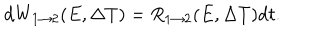
\mathrm { d } W _ { 1 \rightarrow 2 } ( E , \Delta T ) = R _ { 1 \rightarrow 2 } ( E , \Delta T ) \mathrm { d } t .